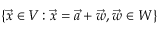
\{ { \vec { x } } \in V \colon { \vec { x } } = { \vec { a } } + { \vec { w } } , { \vec { w } } \in W \}